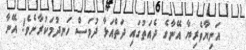
އަނިޔާވެރިޔާ އޭނާގެ ދެއަތުގައި ދަތްއަޅާ ދުވަސް ހަނދުމަކުރާށެވެ! އޭނާ